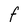
Character: F